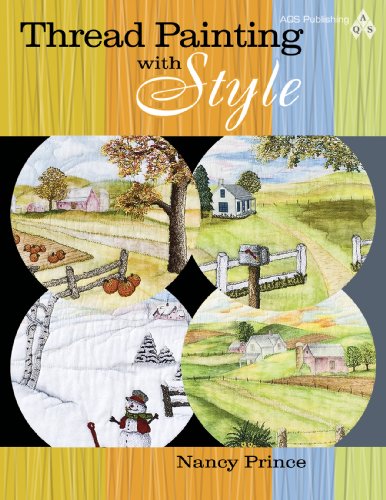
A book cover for Thread Painting With Style; Nancy Prince; Crafts, Hobbies & Home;